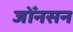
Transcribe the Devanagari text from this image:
जोँनसन